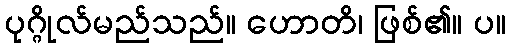
ပုဂ္ဂိုလ်မည်သည်။ ဟောတိ၊ ဖြစ်၏။ ပ။